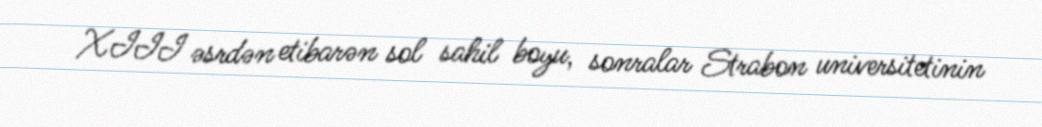
XIII əsrdən etibarən sol sahil boyu, sonralar Strabon universitetinin